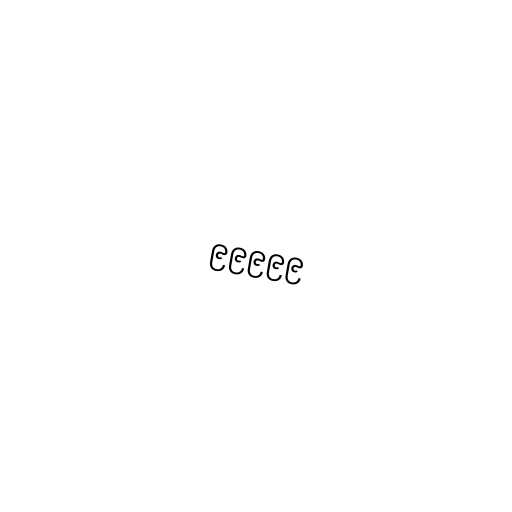
၉၉၉၉၉